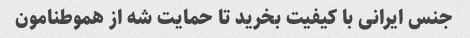
جنس ایرانی با کیفیت بخرید تا حمایت شه از هموطنامون